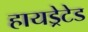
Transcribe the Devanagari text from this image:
हायड्रेटेड